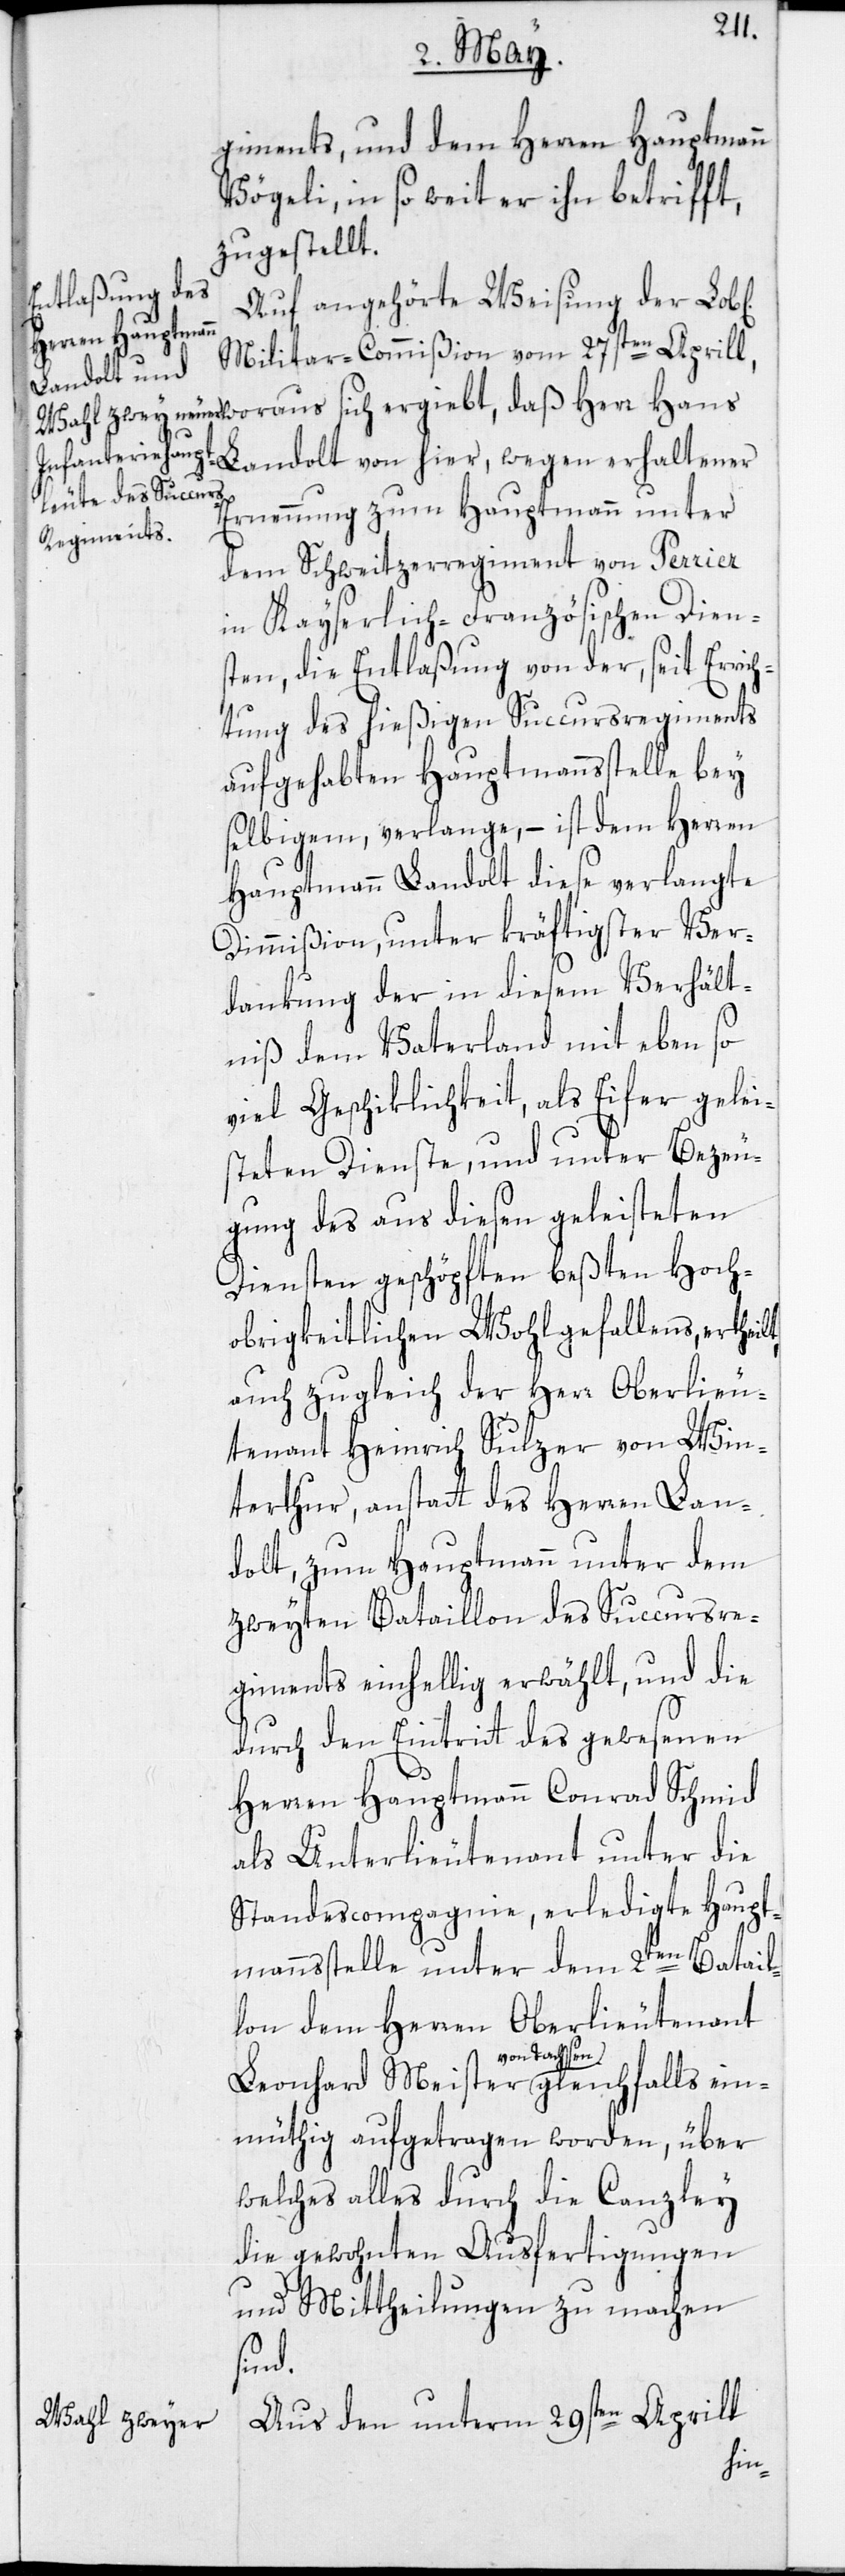
giments, und dem Herren Hauptmann
Vögeli, in so weit er ihn betrifft,
zugestellt.
Auf angehörte Weisung der Lob[l¬
Militar-Commißion vom 27sten Aprill,
Landolt von hier, wegen erhaltener
Ernennung zum Hauptmann unter
dem Schweitzerregiment von Perrier
in Kayserlich-Französischen Diens¬
ten, die Entlaßung von der, seit Errich¬
tung des hießigen Succursregiments
aufgehabten Hauptmannsstelle bey
selbigem, verlange, – ist dem Herren
Hauptmann Landolt diese verlangte
Dimißion, unter kräftigster Ver¬
dankung der in diesem Verhält¬
niß dem Vaterland mit eben so
viel Geschiklichkeit, als Eifer gelei¬
steten Dienste, und unter Bezeu¬
gung des aus diesen geleisteten
Diensten geschöpften beßten Hoch¬
obrigkeitlichen Wohlgefallens, ertheil¬
auch zugleich der Herr Oberlieu¬
tenant Heinrich Sulzer von Win¬
terthur, anstatt des Herren Lan¬
dolt, zum Hauptmann unter dem
zweyten Bataillon des Succursre¬
giments einhellig erwählt, und die
t,
durch den Eintritt des gewesenen
Herren Hauptmann Conrad Schmid
als Unterlieutenant unter die
Standescompagnie, erledigte Haupt¬
mannsstelle unter dem 2ten Batail¬
lon dem Herren Oberlieutenant
von Dachsen
müthig aufgetragen worden, über
welches alles durch die Canzley
die gewohnten Ausfertigungen
und Mittheilungen zu machen
sind.
Aus den unterm 29sten Aprill
ein¬